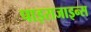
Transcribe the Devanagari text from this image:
पाइराजाइन्स